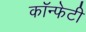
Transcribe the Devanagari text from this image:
कॉन्फेटी